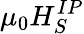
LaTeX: \mu_{0}H_{S}^{IP}